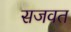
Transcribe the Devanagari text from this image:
सजवत